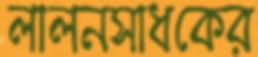
লালনসাধকের